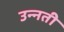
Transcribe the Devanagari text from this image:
उन्‍नती